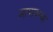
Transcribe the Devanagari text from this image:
ज़ापादन्या